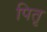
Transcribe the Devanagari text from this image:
पितृ